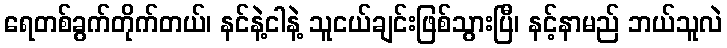
ရေတစ်ခွက်တိုက်တယ်၊ နင်နဲ့ငါနဲ့ သူငယ်ချင်းဖြစ်သွားပြီ၊ နင့်နာမည် ဘယ်သူလဲ